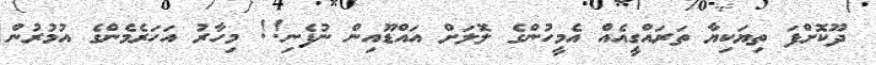
ދޫކޮށްފަ ތިޔަކިޔާ ތަރައްގީއެއް އެމީހުންގެ ލޮލަށް އައްޑޫއިން ނުފެނި!! މިހާރު އަހަރެމެންގެ އުމުރުން